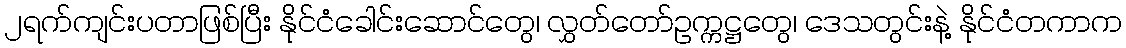
၂ရက်ကျင်းပတာဖြစ်ပြီး နိုင်ငံခေါင်းဆောင်တွေ၊ လွှတ်တော်ဥက္ကဋ္ဌတွေ၊ ဒေသတွင်းနဲ့ နိုင်ငံတကာက